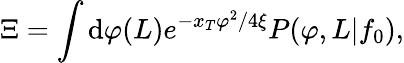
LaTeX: \Xi=\int\mathrm{d}\varphi(L)e^{-x_{T}\varphi^{2}/4\xi}P(\varphi,L|f_{0}),